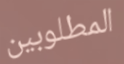
المطلوبين